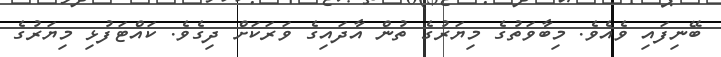
ބޭނިފައި ވެއެވެ. މިބާވަތުގެ މިޔަރުގެ ތުން އާދައިގެ ވަރަކަށް ދިގެވެ. ކައްޓަފުޅި މިޔަރުގެ